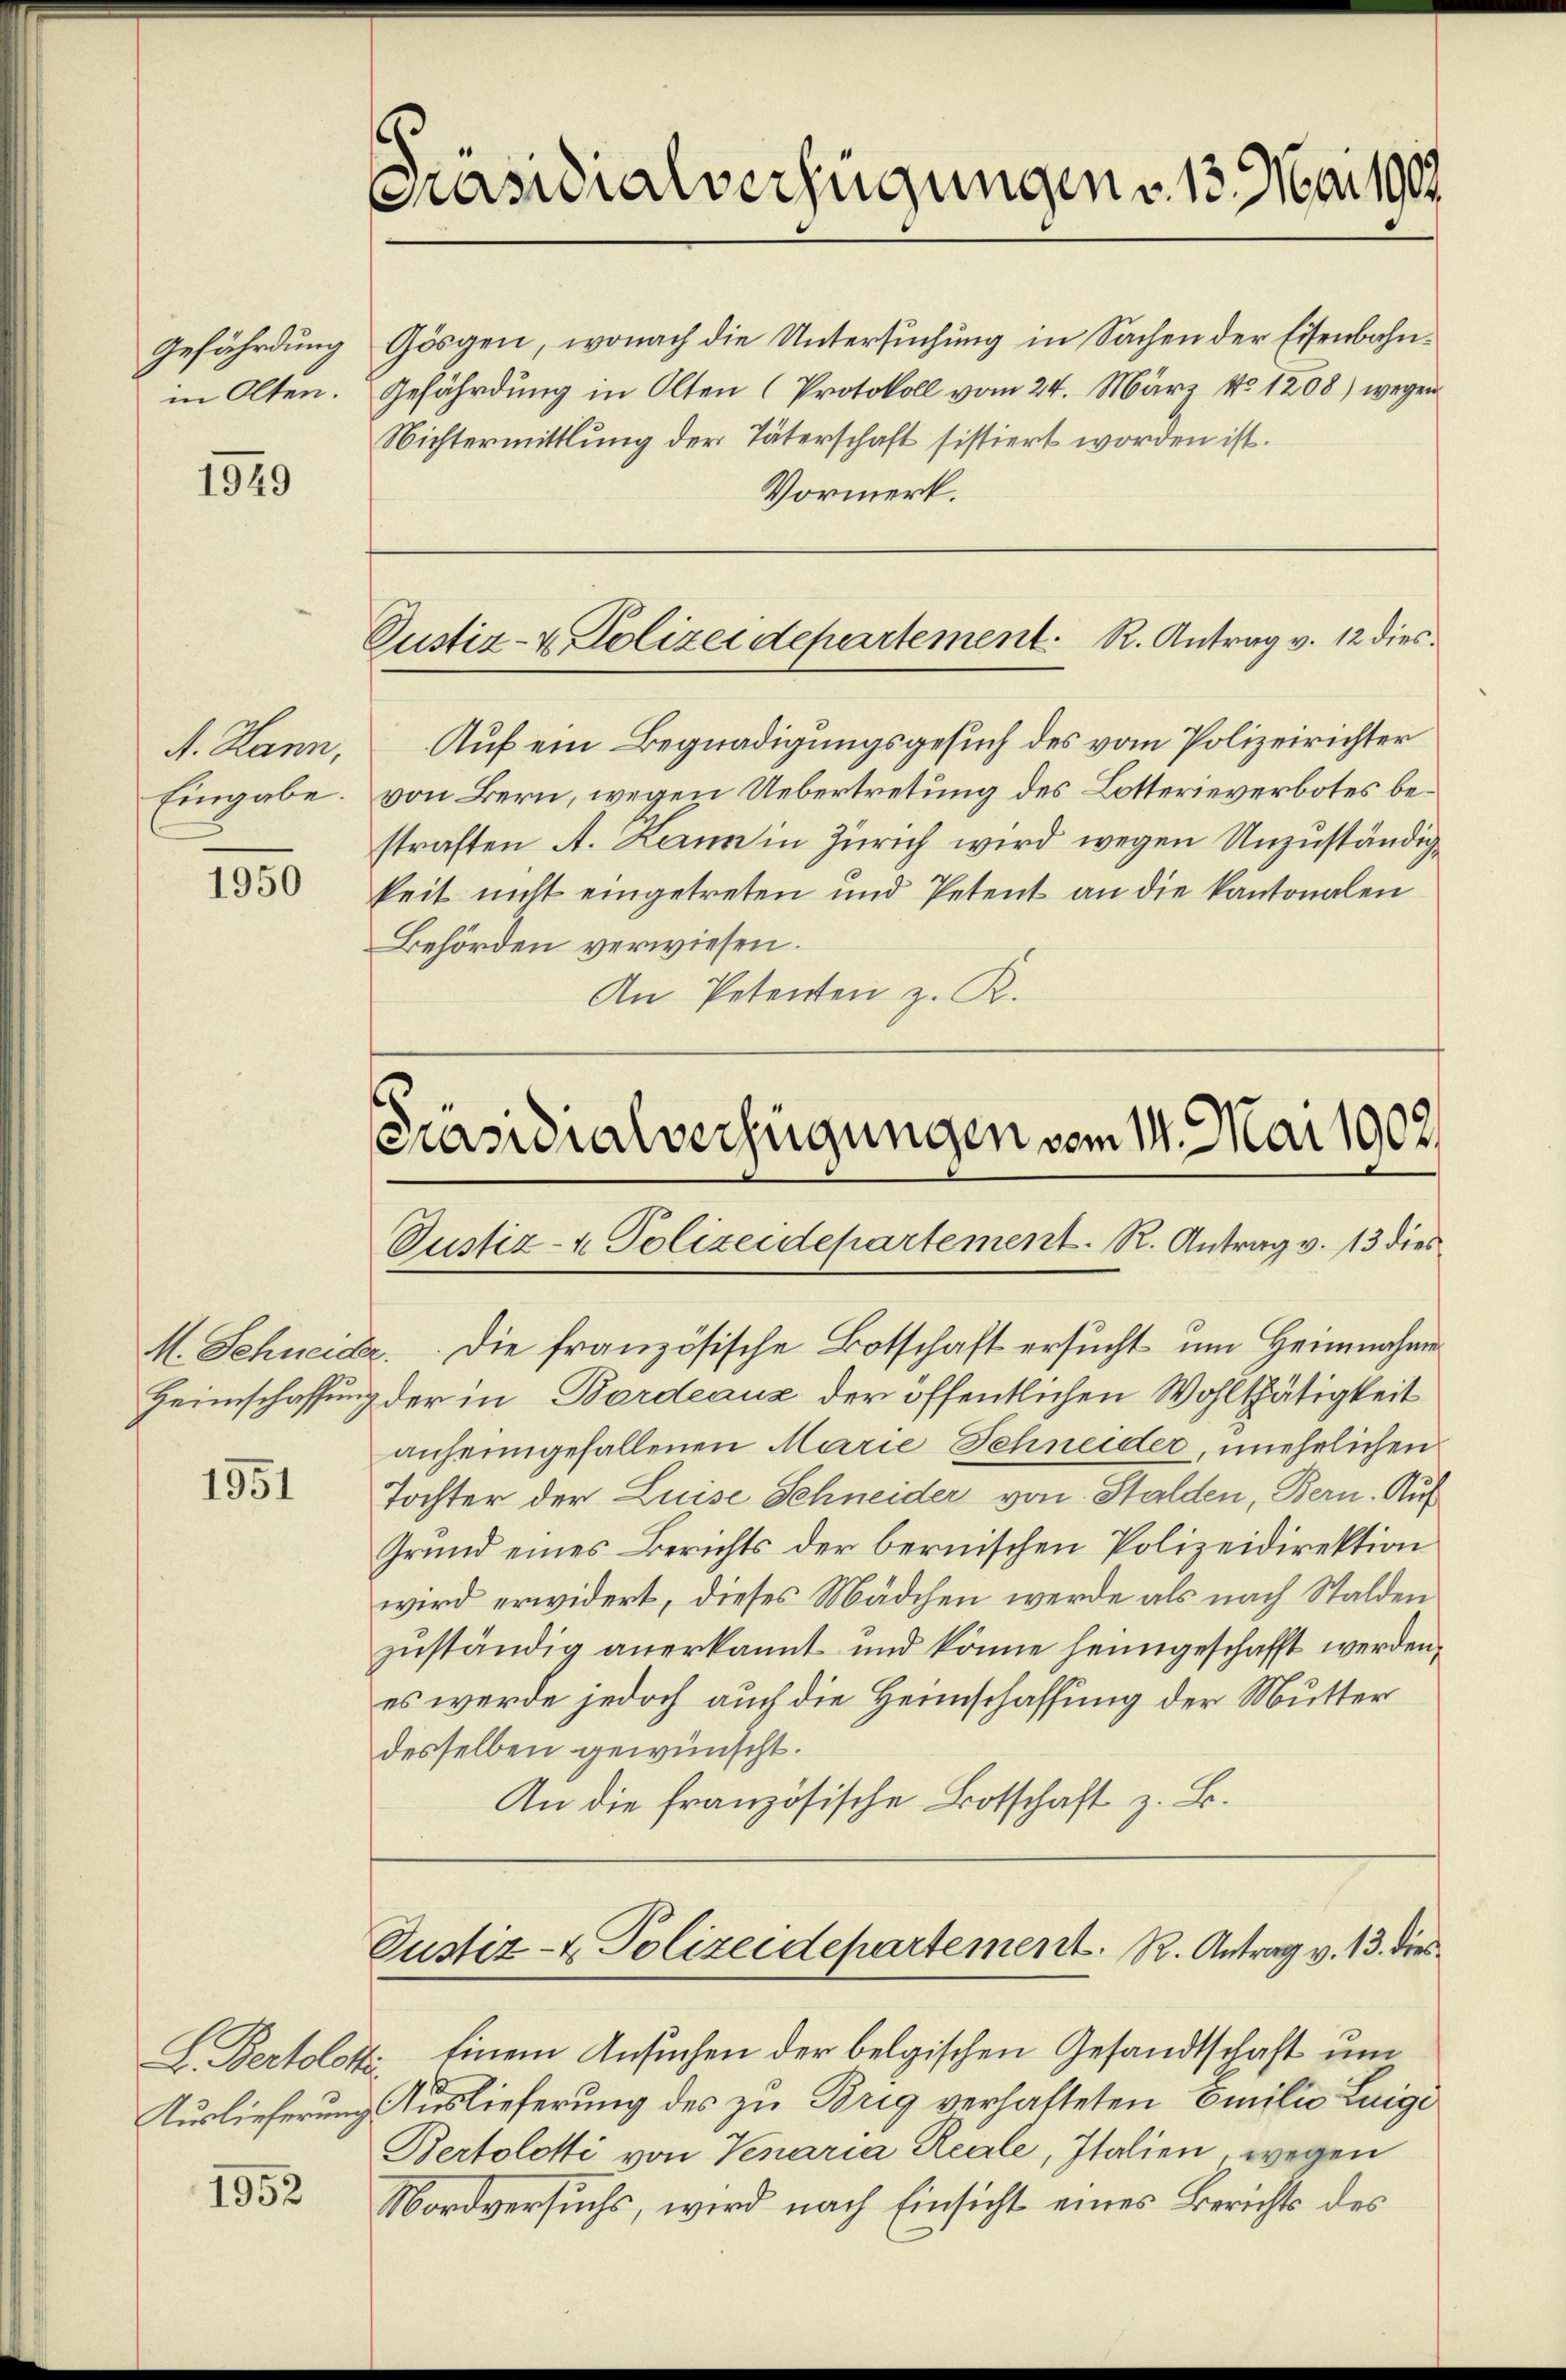
Gefährdung
in Olten.

1949

d. Hann,
Eingabe.

1950

Heimschaffung

1951

L. Bertoloh.
Auslieferung

1952

Präsidialverfügungen v. 13. Mai 1909

Gösgen, wonach die Untersuchung in Sachen der Eisenbahn¬
Gefährdung in Olten (Protokoll vom 24. März No 1208) wegen
Nichtermittlung der Täterschaft sistiert worden ist.
Vormerk.

Justiz- & Polizeidepartement. R. Antrag v. 12 dies

Auf ein Begnadigungsgesuch des vom Polizeirichter
von Bern, wegen Uebertretung des Lotterieverbotes bestraften A. Kann in Zürich wird wegen Unzuständigkeit nicht eingetreten und Petent an die kantonalen
Behörden verwiesen.
An Petenten z. R.

[Präsidialverfügungen vom 14. Mai 1902.
Justiz- & Polizeidepartement. R. Antrag v. 13 dies

M. Schneider. Die französische Botschaft ersucht um Heimnahme
der in Bordeaux der öffentlichen Wohlthätigkeit
anheimgefallenen Marie Schneider, unehelichen
Tochter der Luise Schneider von Stalden, Bern. Auf
Grund eines Berichts der bernischen Polizeidirektion
wird erwidert, dieses Mädchen werde als nach Stalden
zuständig anerkannt und könne heimgeschafft werden,
es werde jedoch auch die Heimschaffung der Mutter
desselben gewünscht.
An die französische Botschaft z. B.

Justiz- & Polizeidepartement. R. Antrag v. 13. dies

Einem Ansuchen der belgischen Gesandtschaft um
t
Auslieferung des zu Brig verhafteten Emilie Luigi
Bertolotti von Venaria Reale, Italien, wegen
Nordversuchs, wird nach Einsicht eines Berichts des